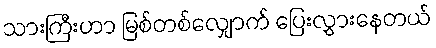
သားကြီးဟာ မြစ်တစ်လျှောက် ပြေးလွှားနေတယ်